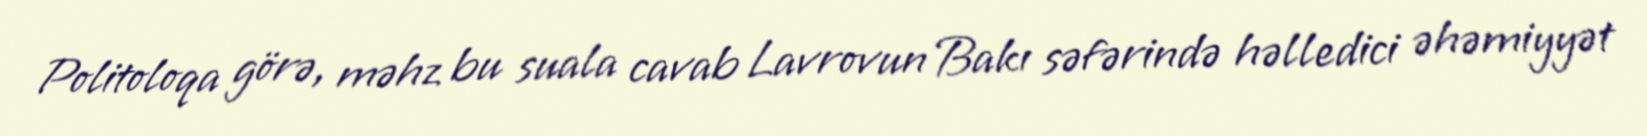
Politoloqa görə, məhz bu suala cavab Lavrovun Bakı səfərində həlledici əhəmiyyət